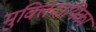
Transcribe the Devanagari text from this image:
मुक्तिदायिका